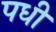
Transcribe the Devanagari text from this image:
पधी